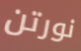
نورتن